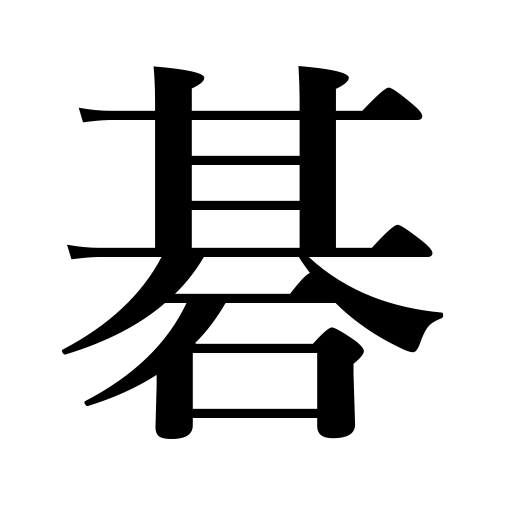
Meanings: Japanese checkers